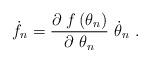
LaTeX: \begin{align*}\dot{f}_{n}=\frac{\partial ~f\left( \theta _{n}\right) }{\partial ~\theta_{n}}~\dot{\theta}_{n}~.\end{align*}